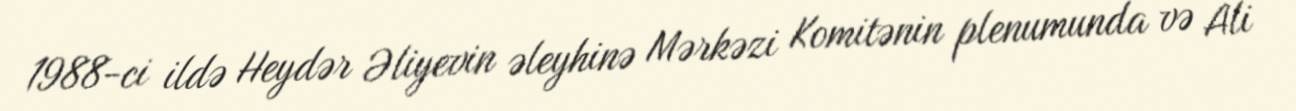
1988-ci ildə Heydər Əliyevin əleyhinə Mərkəzi Komitənin plenumunda və Ali